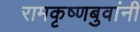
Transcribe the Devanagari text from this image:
रामकृष्णबुवांनी